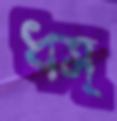
ধস্‌